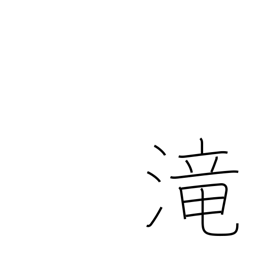
Meaning: cascade